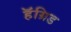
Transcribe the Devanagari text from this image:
हॅग्रिड